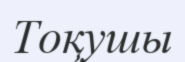
Тоқушы